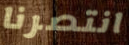
انتصرنا